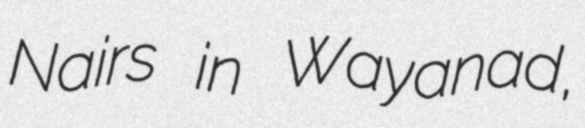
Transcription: Nairs in Wayanad,